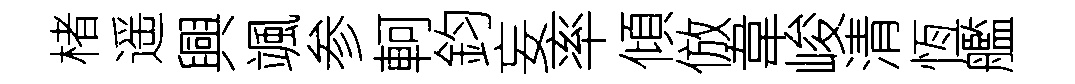
楮遥興颯参軻鈞妄率傾倣韋峻清恆艦